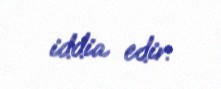
iddia edir.